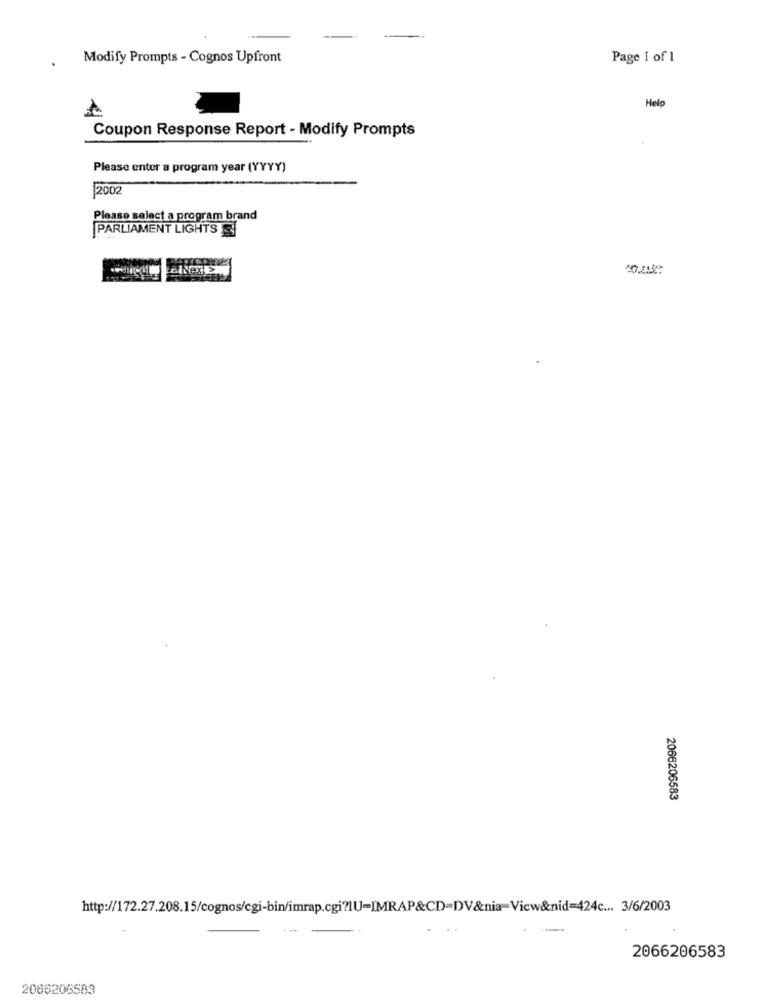
Modify Prompts - Cognos Upfront
Page 1 of 1
Help
Coupon Response Report - Modify Prompts
Please enter a program year (YYYY)
2002
Please select a program brand
PARLIAMENT LIGHTS
2066206583
http://172.27.208.15/cognos/cgi-bin/imrap.cgi?1U=IMRAP&CD=DV&nia=Vicw&nid=424c ... 3/6/2003
2066206583
2066206583